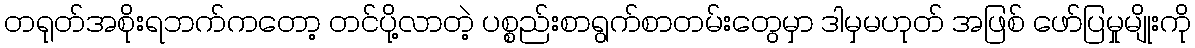
တရုတ်အစိုးရဘက်ကတော့ တင်ပို့လာတဲ့ ပစ္စည်းစာရွက်စာတမ်းတွေမှာ ဒါမှမဟုတ် အဖြစ် ဖော်ပြမှုမျိုးကို